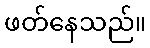
ဖတ်နေသည်။